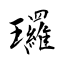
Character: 㼈